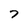
Character: 7